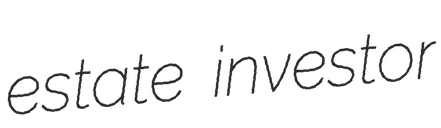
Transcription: estate investor